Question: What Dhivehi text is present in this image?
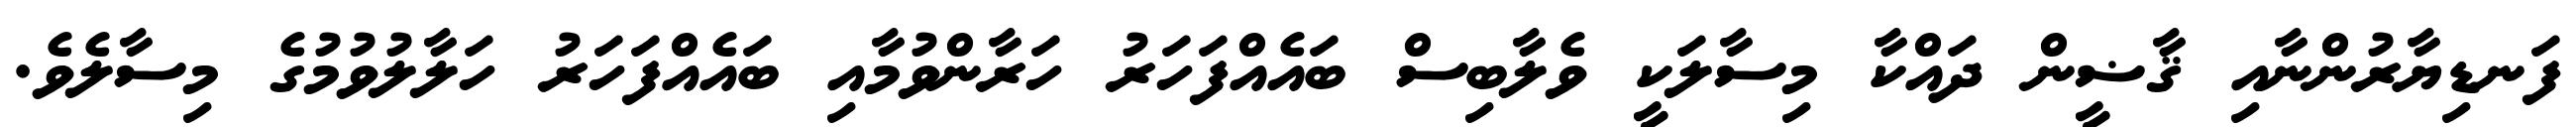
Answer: ފަނޑިޔާރުންނާއި ޤާޟީން ދައްކާ މިސާލަކީ ވެލާބިސް ބައެއްފަހަރު ހަރާންވުމާއި ބައެއްފަހަރު ހަލާލުވުމުގެ މިސާލެވެ.